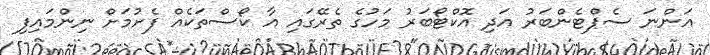
އަންނަ ސެޕްޓެންބަރު އަދި އޮކްޓޯބަރު މަހުގެ ތެރޭގައި އާ ކޯސްތަކެއް ފެށުމަށް ނިންމައިފި